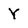
Character: Y